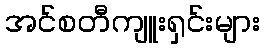
အင်စတီကျူးရှင်းများ